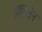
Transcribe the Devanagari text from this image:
अँटिजेन